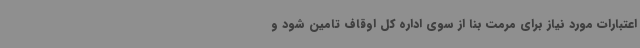
اعتبارات مورد نیاز برای مرمت بنا از سوی اداره کل اوقاف تامین شود و